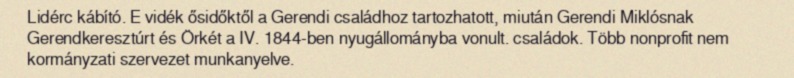
Lidérc kábító. E vidék ősidőktől a Gerendi családhoz tartozhatott, miután Gerendi Miklósnak Gerendkeresztúrt és Örkét a IV. 1844-ben nyugállományba vonult. családok. Több nonprofit nem kormányzati szervezet munkanyelve.